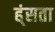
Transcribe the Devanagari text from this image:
ह्ंसता